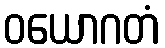
ဝယောဂတံ